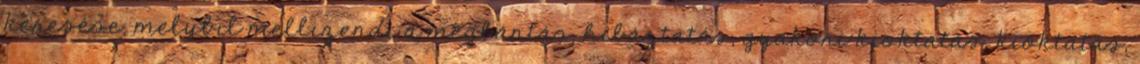
keresése, melybıl mellızendı a megbántás, hibáztatás, gyakori kioktatás, kioktatás,